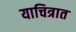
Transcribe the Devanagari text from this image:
याचित्रात